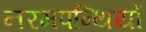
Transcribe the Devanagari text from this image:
नरमपन्थियों